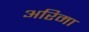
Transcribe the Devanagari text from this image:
अरिमा